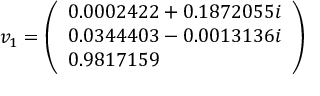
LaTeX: v _ { 1 } = { \left( \begin{array} { l } { 0 . 0 0 0 2 4 2 2 + 0 . 1 8 7 2 0 5 5 i } \\ { 0 . 0 3 4 4 4 0 3 - 0 . 0 0 1 3 1 3 6 i } \\ { 0 . 9 8 1 7 1 5 9 } \end{array} \right) }